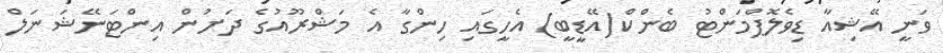
ވަނީ އޭޝިއާ ޑިވެލޮޕްމަންޓު ބެންކް(އޭޑީބީ) އެހީގައި ހިންގާ އެ މަޝްރޫއުގެ ދަށުން އިންޓަނޭޝަނަލް